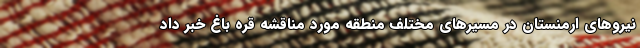
نیروهای ارمنستان در مسیرهای مختلف منطقه مورد مناقشه قره باغ خبر داد